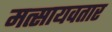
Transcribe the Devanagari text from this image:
मत्सायवतार